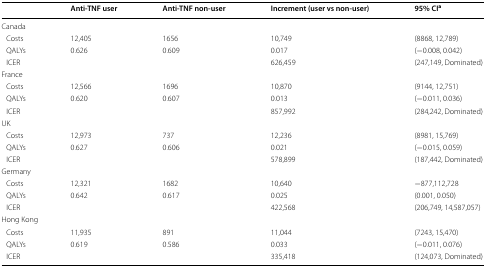
<table><thead><tr><td></td><td><b>Anti-TNF user</b></td><td><b>Anti-TNF non-user</b></td><td><b>Increment (user vs non-user)</b></td><td><b>95% CI<sup>a</sup></b></td></tr></thead><tbody><tr><td colspan="5">Canada</td></tr><tr><td> Costs</td><td>12,405</td><td>1656</td><td>10,749</td><td>(8868, 12,789)</td></tr><tr><td> QALYs</td><td>0.626</td><td>0.609</td><td>0.017</td><td>(−0.008, 0.042)</td></tr><tr><td> ICER</td><td></td><td></td><td>626,459</td><td>(247,149, Dominated)</td></tr><tr><td colspan="5">France</td></tr><tr><td> Costs</td><td>12,566</td><td>1696</td><td>10,870</td><td>(9144, 12,751)</td></tr><tr><td> QALYs</td><td>0.620</td><td>0.607</td><td>0.013</td><td>(−0.011, 0.036)</td></tr><tr><td> ICER</td><td></td><td></td><td>857,992</td><td>(284,242, Dominated)</td></tr><tr><td colspan="5">UK</td></tr><tr><td> Costs</td><td>12,973</td><td>737</td><td>12,236</td><td>(8981, 15,769)</td></tr><tr><td> QALYs</td><td>0.627</td><td>0.606</td><td>0.021</td><td>(−0.015, 0.059)</td></tr><tr><td> ICER</td><td></td><td></td><td>578,899</td><td>(187,442, Dominated)</td></tr><tr><td colspan="5">Germany</td></tr><tr><td> Costs</td><td>12,321</td><td>1682</td><td>10,640</td><td>−877,112,728</td></tr><tr><td> QALYs</td><td>0.642</td><td>0.617</td><td>0.025</td><td>(0.001, 0.050)</td></tr><tr><td> ICER</td><td></td><td></td><td>422,568</td><td>(206,749, 14,587,057)</td></tr><tr><td colspan="5">Hong Kong</td></tr><tr><td> Costs</td><td>11,935</td><td>891</td><td>11,044</td><td>(7243, 15,470)</td></tr><tr><td> QALYs</td><td>0.619</td><td>0.586</td><td>0.033</td><td>(−0.011, 0.076)</td></tr><tr><td> ICER</td><td></td><td></td><td>335,418</td><td>(124,073, Dominated)</td></tr></tbody></table>